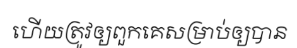
ហើយត្រូវឲ្យពួកគេសម្រាប់ឲ្យបាន